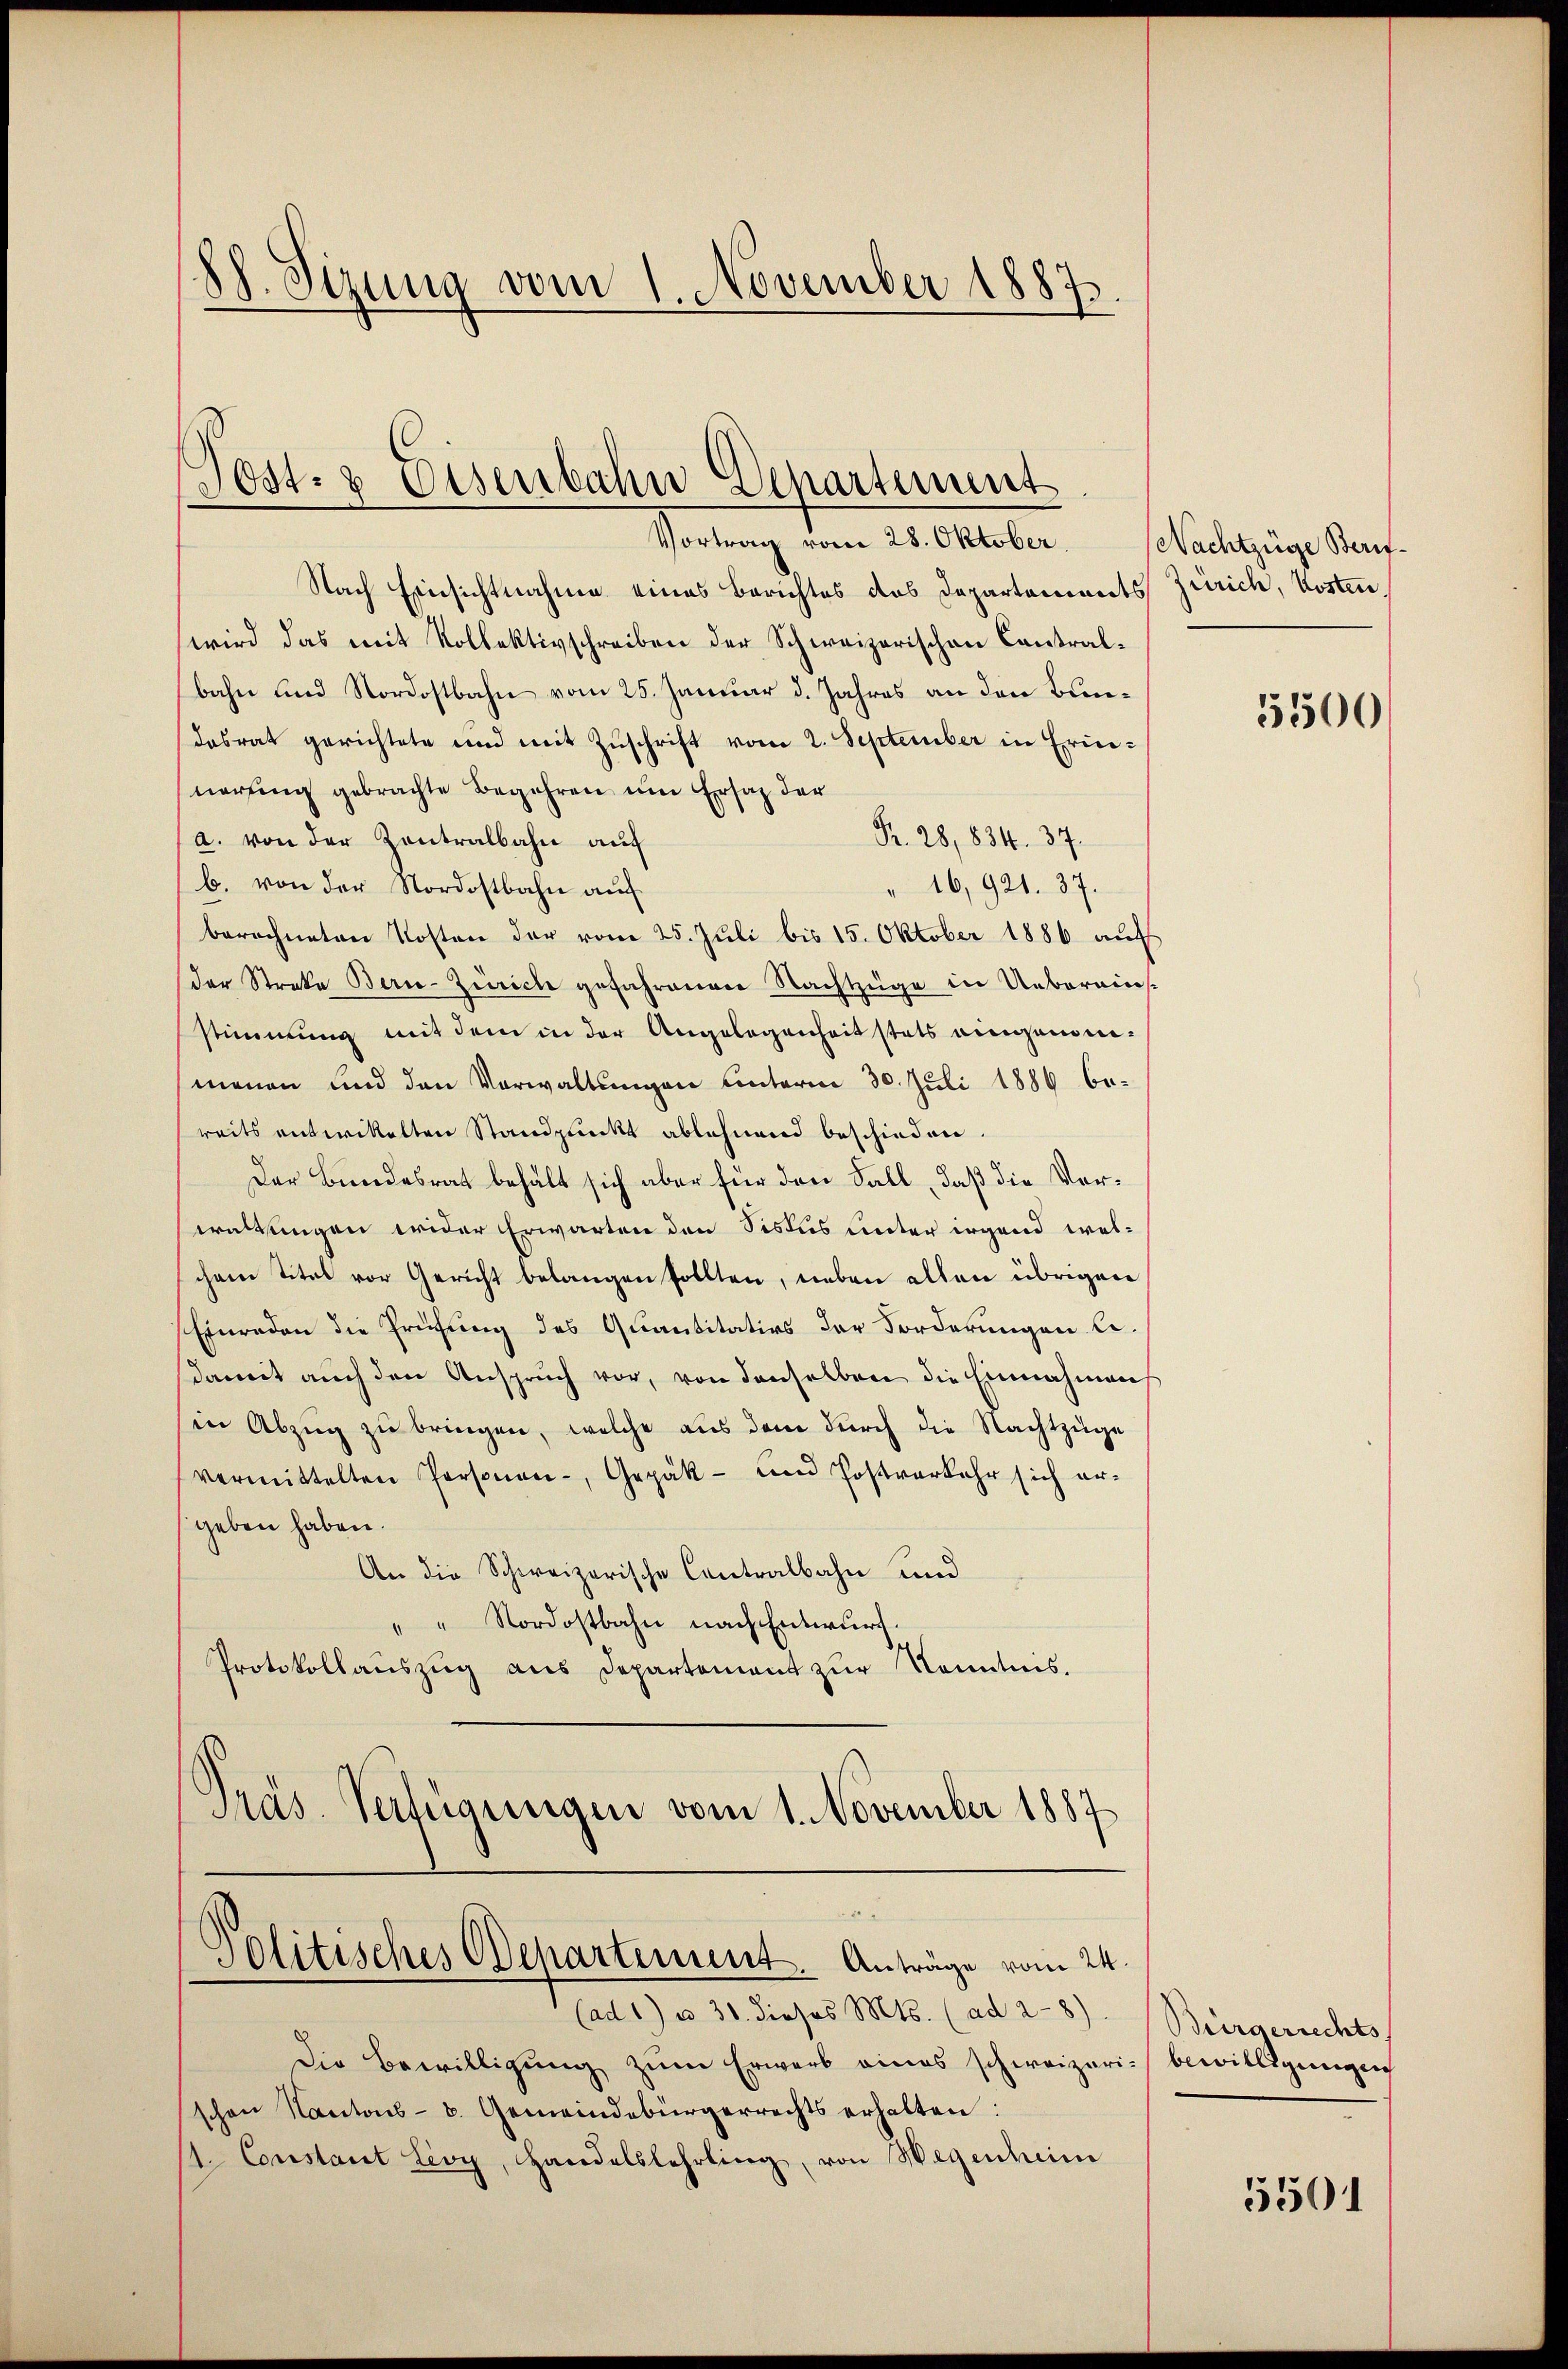
88. Sizung vom 1. November 1887.

Post- & Eisenbahn Departement
Vortrag vom 28. Oktober. Nachtzüge Beri-

Nach Einsichtnahme eines Berichtes des Departements Zürich, Kosten.
wird das mit Kollektivschreiben der Schweizerischen Contralbahn und Nordostbahn vom 25. Januar d. Jahres an den Bundesrat gerichtete und mit Zuschrift vom 2. September in Erinnerfung gebrachte Begehren um Ersatz der
Pr. 28, 834. 37.
a. von der Zentralbahn auf
b. von der Nordostbahn auf
" 16,921. 37.
berechneten Kosten der vom 25. Juli bis 15. Oktober 1886 auf
der Streke Berie-Zürich gefahrenen Nachtzüge in Uebereins-
stimmung mit dem in der Angelegenheit stets eingemenmenen und den Verwaltungen unterm 30. Juli 1886 bereits entwickelten Standpunkt ablehnend beschieden.
Der Bundesrat behält sich aber für den Fall, daß die Verwaltungen wider Erwarten den Sistus unter irgend welschem Titel vor Gericht belangen sollten, neben allen übrigen
Einreden die Prüfung des Quantitatios der Forderungen bedamit auch den Anspruch vor, von denselben die Einnahmen
sie Abzug zu bringen, welche aus dem durch die Nachtzüge
vermittelten Personen-, Gepäk- und Postverkehr sich ergeben haben.
An die Schweizerische Contralbahn und
"" Nordostbahn nach Entwurf,
Protokollauszug aus Departement zur Kenntnis.
Präs. Verfügungen vom 1. November 1887

Politisches Departement. Anträge vom 24.
(ad 1) u. 31. Jiosos Mts. (ad 28)

Die Bewilligŭng zŭm Erwarb eines schweizerin bewilligungen
schen Kantons- b. Gemeindebürgerrechts erhalten:
1. Constant Lioy, Handelslehrling, von Wegenheim

3500

Bürgerrechts

5501